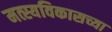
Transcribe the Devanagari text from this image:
मत्स्यविकासच्या